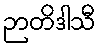
ဉာတိဒါသီ